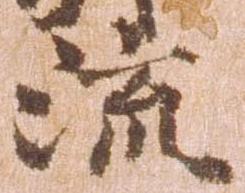
流